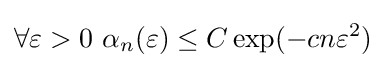
\forall \varepsilon >0\,\,\alpha _{n}(\varepsilon )\leq C\exp(-cn\varepsilon ^{2})